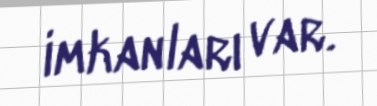
imkanları var.